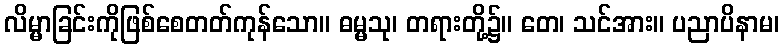
လိမ္မာခြင်းကိုဖြစ်စေတတ်ကုန်သော။ ဓမ္မသု၊ တရားတို့၌။ တေ၊ သင်အား။ ပညာပိနာမ၊